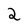
Character: 2